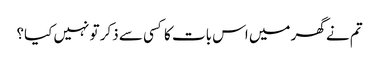
تم نے گھر میں اس بات کا کسی سے ذکر تو نہیں کیا؟